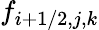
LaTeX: f_{i+1/2,j,k}